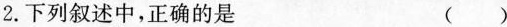
2.下列叙述中，正确的是 ( )